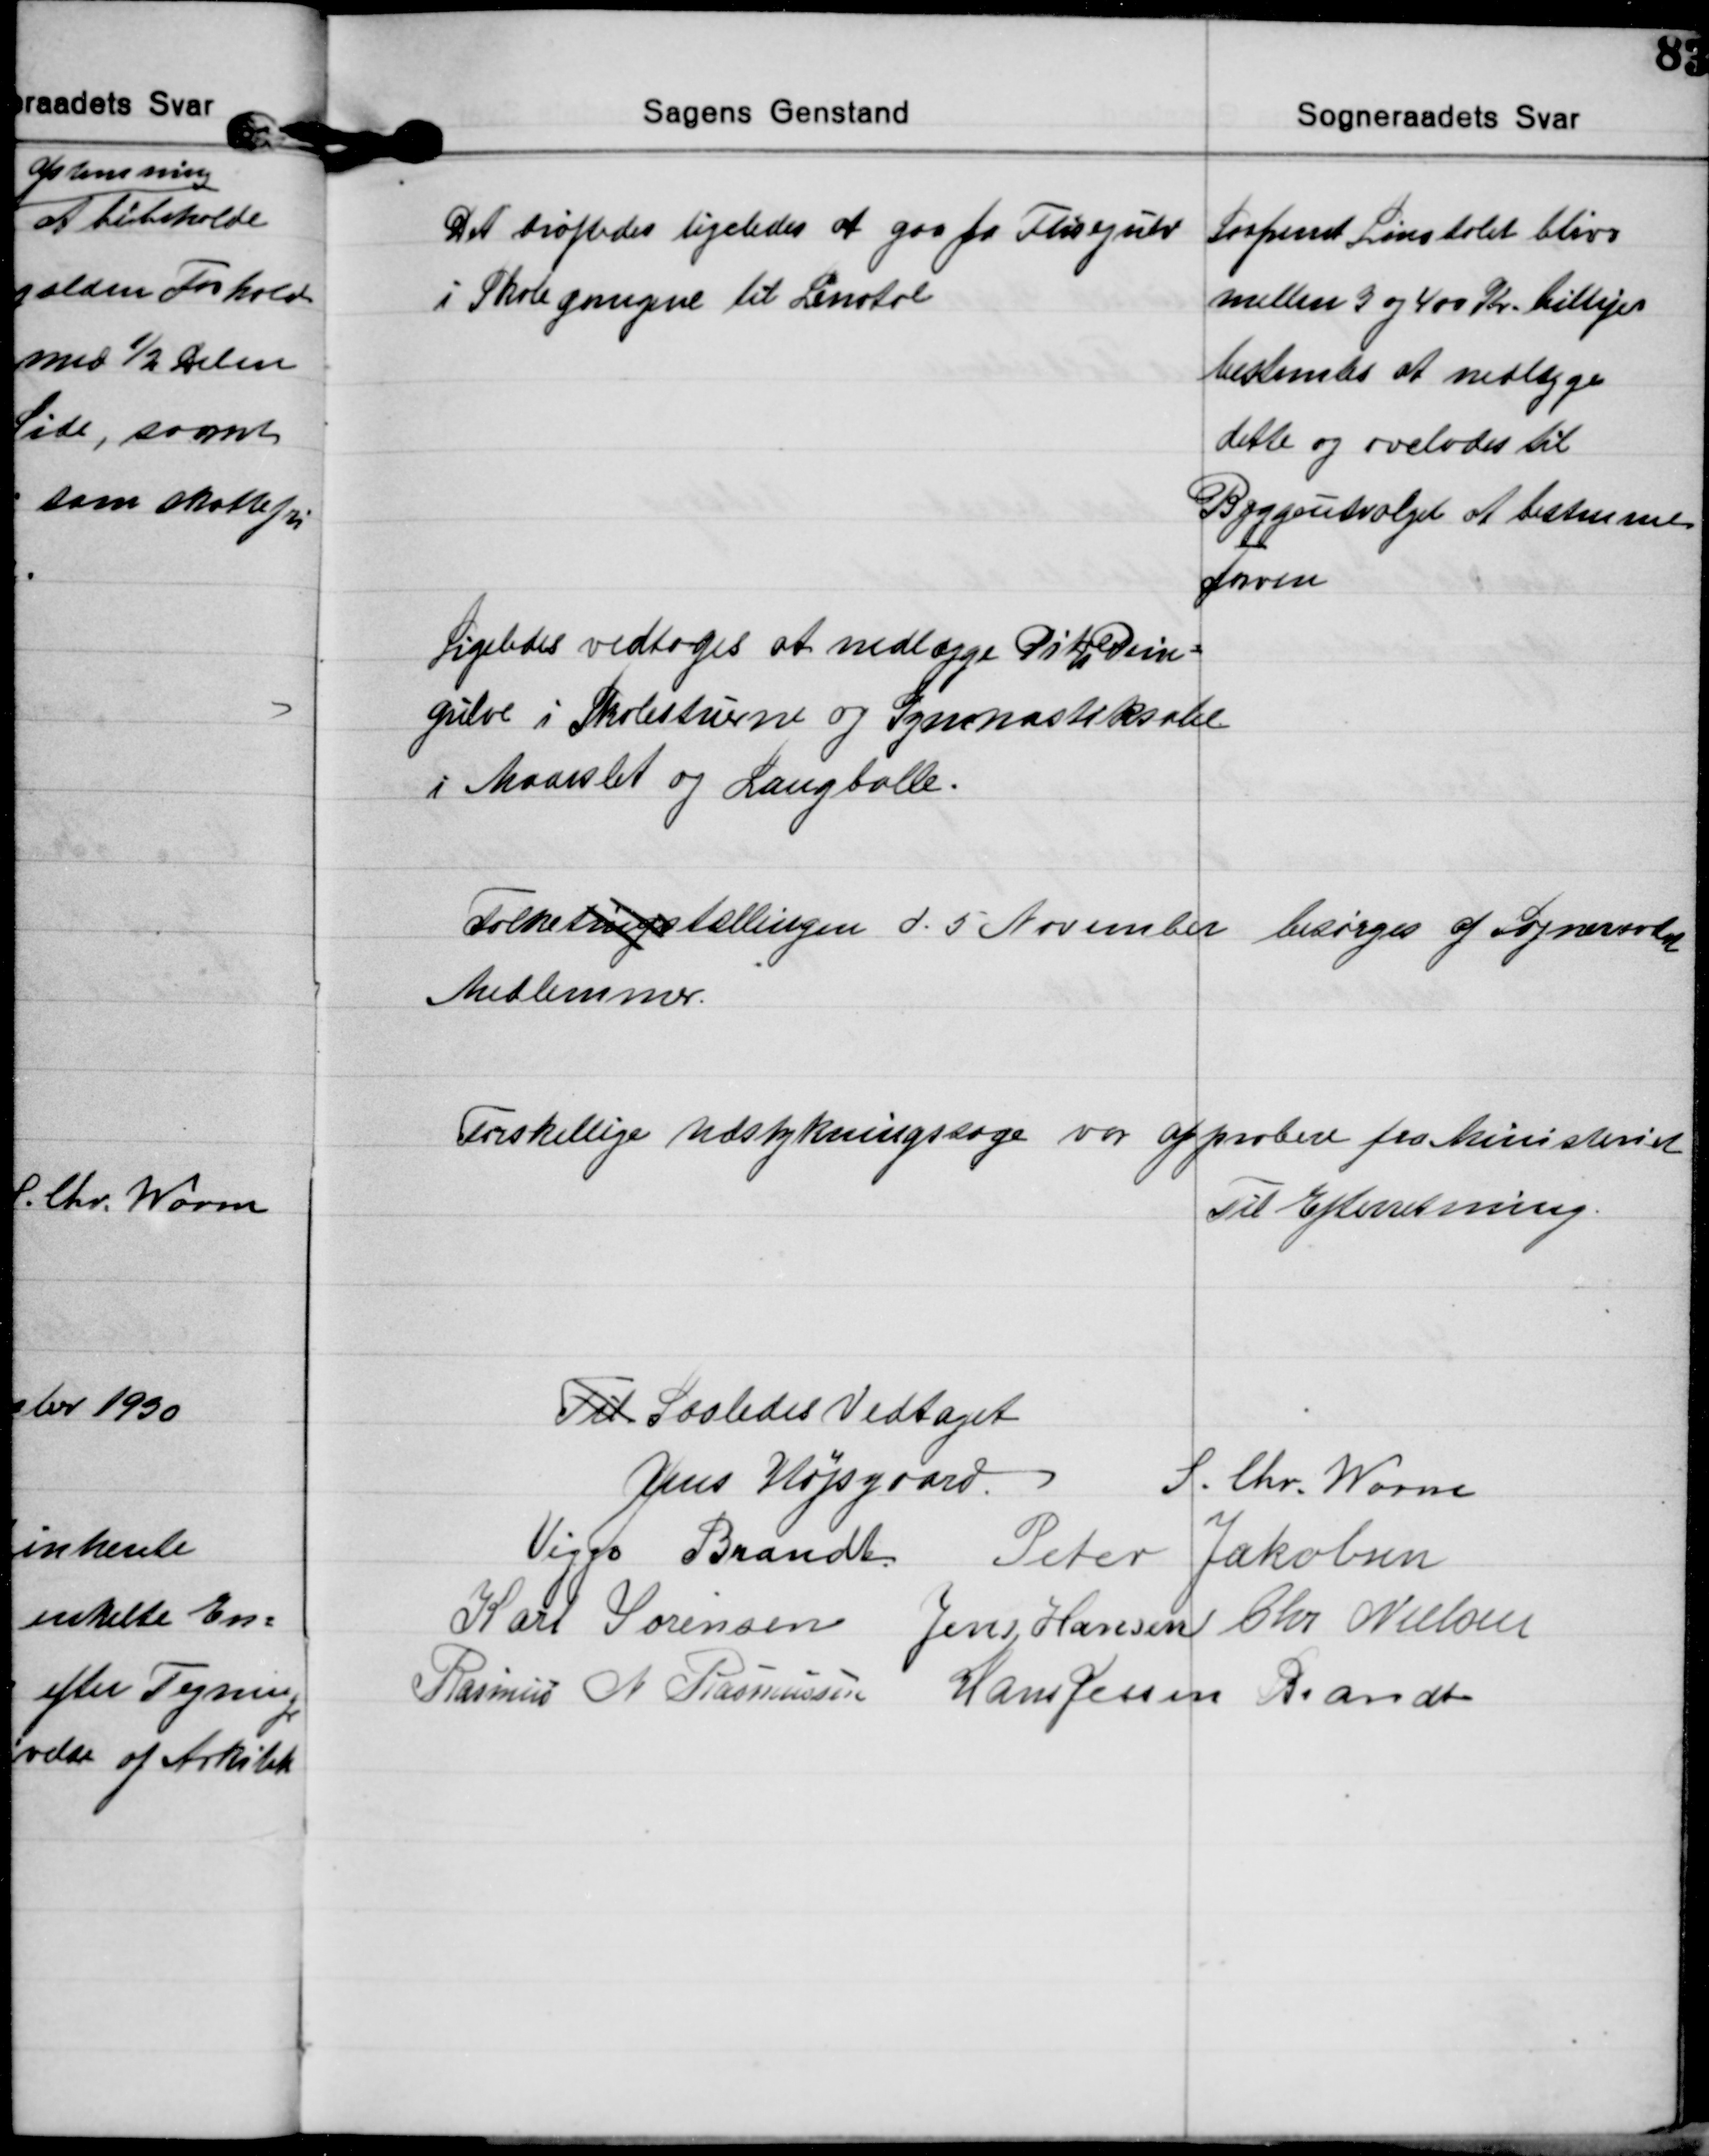
Transskription:
Det drøftedes ligeledes at gaa fra Flisegulv
i Skolegangene til Linotol
Saafremt Linotolet bliver
mellem 3 og 400 Kr. billigere
bestemtes at nedlægge
dette og ovelodes til
Byggeudvalget at bestemme
farven

Ligeledes vedtoges at nedlægge Pitch Pine=
gulve i Skolestuerne og Gymnastiksale
i Maarslet og Langballe.

Folketingstællingen d. 5 November besørges af Sogneraadet
Medlemmer.

Forskellige Udstykningssager var approbere fra Ministeriet
Til Efterretning.

Til Saaledes Vedtaget
Jens Højsgaard S. Chr. Worm
Viggo Brandt Peter Jakobsen
Karl Sørensen Jens Hansen Chr. Nielsen
Rasmus N. Rasmussen Hans Jessen Brandt